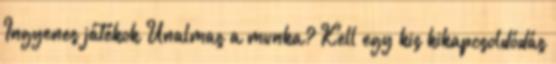
Ingyenes játékok Unalmas a munka? Kell egy kis kikapcsoldódás